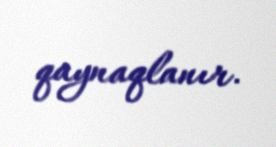
qaynaqlanır.